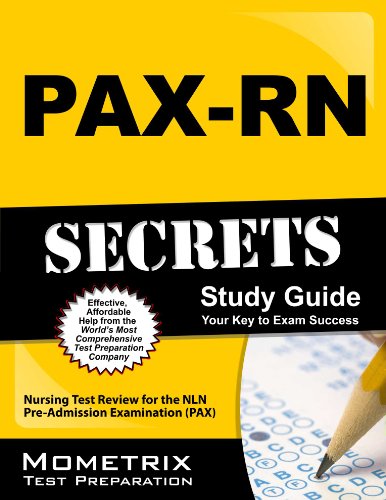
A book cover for PAX-RN Secrets Study Guide: Nursing Test Review for the NLN Pre-Admission Examination (PAX); PAX Nursing Exam Secrets Test Prep Team; Test Preparation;